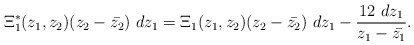
\begin{align*} \Xi^{\ast}_1(z_1,z_2)(z_2-\bar{z_2})~dz_1 = \Xi_1(z_1,z_2)(z_2-\bar{z_2})~dz_1 - \frac{12~dz_1}{z_1-\bar{z_1}}. \end{align*}